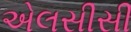
એલસીસી